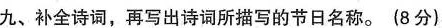
九、补全诗词，再写出诗词所描写的节日名称。(8分)